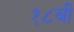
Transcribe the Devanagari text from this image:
१८बी